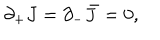
LaTeX: \partial _ { + } J = \partial _ { - } \bar { J } = 0 ,